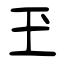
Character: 玊